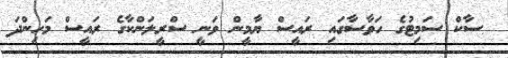
ސާކް ސަމިޓުގެ ހަވާސާގައި ރައީސް ޔާމީން ވަނީ ސްރީލަންކާގެ ރައީސް މަހިންދަ